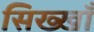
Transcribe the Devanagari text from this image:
सिख्खाँ